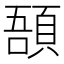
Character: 𩒾